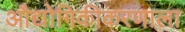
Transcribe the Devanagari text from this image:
औद्योगिकीकरणाला